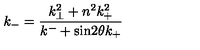
k _ { - } = \frac { k _ { \bot } ^ { 2 } + n ^ { 2 } k _ { + } ^ { 2 } } { k ^ { - } + \mathrm { s i n } 2 { \theta } k _ { + } }